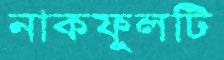
নাকফুলটি